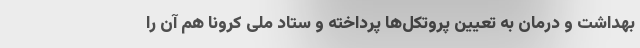
بهداشت و درمان به تعیین پروتکل‌ها پرداخته و ستاد ملی کرونا هم آن را